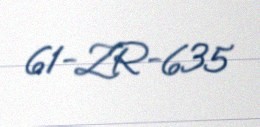
61-ZR-635